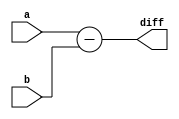
module subtractor(a,b,diff);
input [63:0]a,b;
output [63:0]diff;

assign diff=a-b;

endmodule